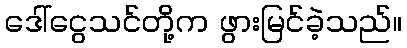
ဒေါ်ငွေသင်တို့က ဖွားမြင်ခဲ့သည်။